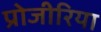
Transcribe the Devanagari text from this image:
प्रोजीरिया